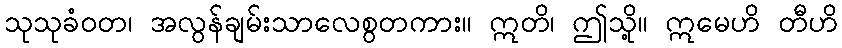
သုသုခံဝတ၊ အလွန်ချမ်းသာလေစွတကား။ ဣတိ၊ ဤသို့။ ဣမေဟိ တီဟိ